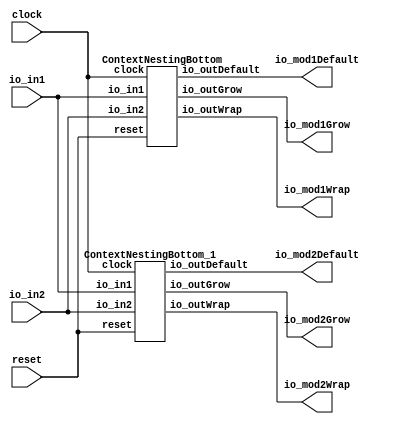
module ContextNestingTop(
    input clock,
    input reset,
    input [3:0] io_in1,
    input [3:0] io_in2,
    output [4:0] io_mod1Default,
    output [4:0] io_mod1Wrap,
    output [4:0] io_mod1Grow,
    output [4:0] io_mod2Default,
    output [4:0] io_mod2Wrap,
    output [4:0] io_mod2Grow
);
    wire _ContextNestingBottom__clock;
    wire _ContextNestingBottom__reset;
    wire [3:0] _ContextNestingBottom__io_in1;
    wire [3:0] _ContextNestingBottom__io_in2;
    wire [4:0] _ContextNestingBottom__io_outDefault;
    wire [4:0] _ContextNestingBottom__io_outWrap;
    wire [4:0] _ContextNestingBottom__io_outGrow;
    ContextNestingBottom ContextNestingBottom (
        .clock(_ContextNestingBottom__clock),
        .reset(_ContextNestingBottom__reset),
        .io_in1(_ContextNestingBottom__io_in1),
        .io_in2(_ContextNestingBottom__io_in2),
        .io_outDefault(_ContextNestingBottom__io_outDefault),
        .io_outWrap(_ContextNestingBottom__io_outWrap),
        .io_outGrow(_ContextNestingBottom__io_outGrow)
    );
    wire _ContextNestingBottom_1__clock;
    wire _ContextNestingBottom_1__reset;
    wire [3:0] _ContextNestingBottom_1__io_in1;
    wire [3:0] _ContextNestingBottom_1__io_in2;
    wire [4:0] _ContextNestingBottom_1__io_outDefault;
    wire [4:0] _ContextNestingBottom_1__io_outWrap;
    wire [4:0] _ContextNestingBottom_1__io_outGrow;
    ContextNestingBottom_1 ContextNestingBottom_1 (
        .clock(_ContextNestingBottom_1__clock),
        .reset(_ContextNestingBottom_1__reset),
        .io_in1(_ContextNestingBottom_1__io_in1),
        .io_in2(_ContextNestingBottom_1__io_in2),
        .io_outDefault(_ContextNestingBottom_1__io_outDefault),
        .io_outWrap(_ContextNestingBottom_1__io_outWrap),
        .io_outGrow(_ContextNestingBottom_1__io_outGrow)
    );
    assign _ContextNestingBottom__clock = clock;
    assign _ContextNestingBottom__io_in1 = io_in1;
    assign _ContextNestingBottom__io_in2 = io_in2;
    assign _ContextNestingBottom__reset = reset;
    assign _ContextNestingBottom_1__clock = clock;
    assign _ContextNestingBottom_1__io_in1 = io_in1;
    assign _ContextNestingBottom_1__io_in2 = io_in2;
    assign _ContextNestingBottom_1__reset = reset;
    assign io_mod1Default = _ContextNestingBottom__io_outDefault;
    assign io_mod1Grow = _ContextNestingBottom__io_outGrow;
    assign io_mod1Wrap = _ContextNestingBottom__io_outWrap;
    assign io_mod2Default = _ContextNestingBottom_1__io_outDefault;
    assign io_mod2Grow = _ContextNestingBottom_1__io_outGrow;
    assign io_mod2Wrap = _ContextNestingBottom_1__io_outWrap;
endmodule //ContextNestingTop
module ContextNestingBottom(
    input clock,
    input reset,
    input [3:0] io_in1,
    input [3:0] io_in2,
    output [4:0] io_outDefault,
    output [4:0] io_outWrap,
    output [4:0] io_outGrow
);
    wire [4:0] _T_2;
    ADD_UNSIGNED #(.width(4)) u_add_1 (
        .y(_T_2),
        .a(io_in1),
        .b(io_in2)
    );
    wire [3:0] _T_3;
    TAIL #(.width(5), .n(1)) tail_2 (
        .y(_T_3),
        .in(_T_2)
    );
    wire [4:0] _T_5;
    ADD_UNSIGNED #(.width(4)) u_add_3 (
        .y(_T_5),
        .a(io_in1),
        .b(io_in2)
    );
    wire [4:0] _T_7;
    ADD_UNSIGNED #(.width(4)) u_add_4 (
        .y(_T_7),
        .a(io_in1),
        .b(io_in2)
    );
    wire [3:0] _T_8;
    TAIL #(.width(5), .n(1)) tail_5 (
        .y(_T_8),
        .in(_T_7)
    );
    PAD_UNSIGNED #(.width(4), .n(5)) u_pad_6 (
        .y(io_outDefault),
        .in(_T_8)
    );
    assign io_outGrow = _T_5;
    PAD_UNSIGNED #(.width(4), .n(5)) u_pad_7 (
        .y(io_outWrap),
        .in(_T_3)
    );
endmodule //ContextNestingBottom
module ADD_UNSIGNED(y, a, b);
    parameter width = 4;
    output [width:0] y;
    input [width-1:0] a;
    input [width-1:0] b;
    assign y = a + b;
endmodule // ADD_UNSIGNED
module TAIL(y, in);
    parameter width = 4;
    parameter n = 2;
    output [width-n-1:0] y;
    input [width-1:0] in;
    assign y = in[width-n-1:0];
endmodule // TAIL
module PAD_UNSIGNED(y, in);
    parameter width = 4;
    parameter n = 4;
    output [(n > width ? n : width)-1:0] y;
    input [width-1:0] in;
    assign y = (n > width) ? {{(n - width){1'b0}}, in} : in;
endmodule // PAD_UNSIGNED
module ContextNestingBottom_1(
    input clock,
    input reset,
    input [3:0] io_in1,
    input [3:0] io_in2,
    output [4:0] io_outDefault,
    output [4:0] io_outWrap,
    output [4:0] io_outGrow
);
    wire [4:0] _T_2;
    ADD_UNSIGNED #(.width(4)) u_add_8 (
        .y(_T_2),
        .a(io_in1),
        .b(io_in2)
    );
    wire [3:0] _T_3;
    TAIL #(.width(5), .n(1)) tail_9 (
        .y(_T_3),
        .in(_T_2)
    );
    wire [4:0] _T_5;
    ADD_UNSIGNED #(.width(4)) u_add_10 (
        .y(_T_5),
        .a(io_in1),
        .b(io_in2)
    );
    wire [4:0] _T_7;
    ADD_UNSIGNED #(.width(4)) u_add_11 (
        .y(_T_7),
        .a(io_in1),
        .b(io_in2)
    );
    assign io_outDefault = _T_7;
    assign io_outGrow = _T_5;
    PAD_UNSIGNED #(.width(4), .n(5)) u_pad_12 (
        .y(io_outWrap),
        .in(_T_3)
    );
endmodule //ContextNestingBottom_1